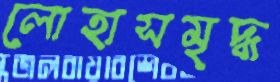
লোহাসমৃদ্ধ